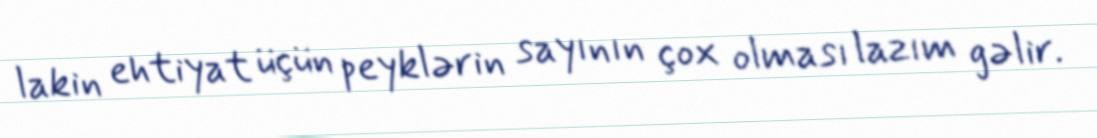
lakin ehtiyat üçün peyklərin sayının çox olması lazım gəlir.